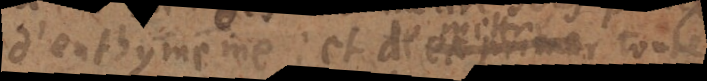
d’enthymeme; et d’exprimer de